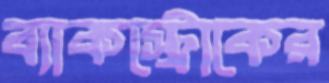
ব্যাকস্ট্রোকের